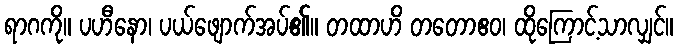
ရာဂကို။ ပဟီနော၊ ပယ်ဖျောက်အပ်၏။ တထာဟိ တတောဧဝ၊ ထိုကြောင့်သာလျှင်။